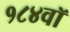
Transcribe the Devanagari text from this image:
१८४वॉ